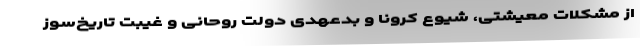
از مشکلات معیشتی، شیوع کرونا و بدعهدی دولت روحانی و غیبت تاریخ‌سوز